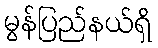
မွန်ပြည်နယ်ရှိ